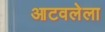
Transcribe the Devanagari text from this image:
आटवलेला